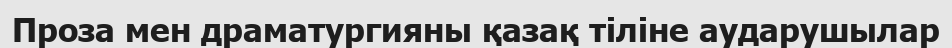
Проза мен драматургияны қазақ тіліне аударушылар